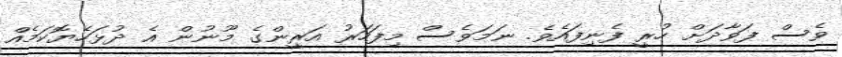
ވެސް ފަވާދަށް ހުރީ ފެނިފައެވެ. ނަމަވެސް މިފަހަރު އަރީންގެ މޫނުން އެ ދުޅަހެޔޮކަމެއް